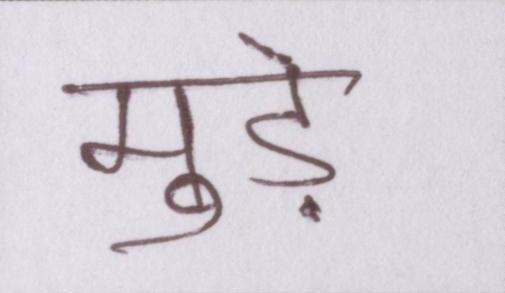
मुड़े